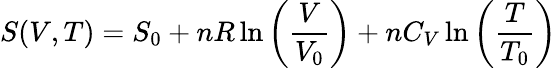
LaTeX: S(V,T)=S_{0}+nR\ln\left({\frac{V}{V_{0}}}\right)+nC_{V}\ln\left({\frac{T}{T_{0}}}\right)